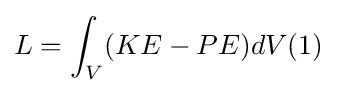
L=\int _{V}(KE-PE)dV(1)